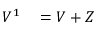
\begin{array} { r l } { V ^ { 1 } } & { { } = V + Z } \end{array}